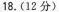
18.(12分)